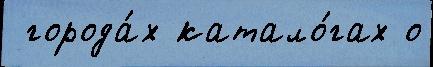
 города́х катало́гах о